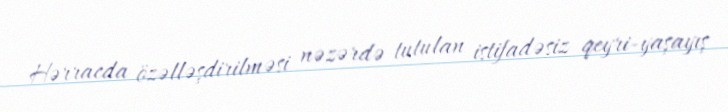
Hərracda özəlləşdirilməsi nəzərdə tutulan istifadəsiz qeyri-yaşayış